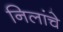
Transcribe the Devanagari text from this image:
निलांचे